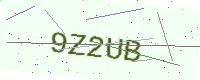
Text: 9Z2UB